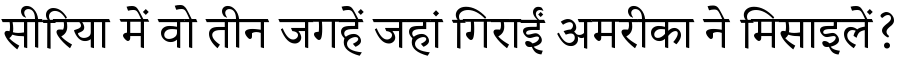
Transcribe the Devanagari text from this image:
सीरिया में वो तीन जगहें जहां गिराईं अमरीका ने मिसाइलें?